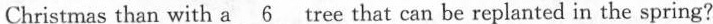
Christmas than with a \underline{6} tree that can be replanted in the spring?